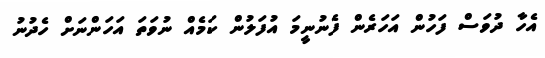
އެހާ ދުވަސް ފަހުން އަހަރެން ފެނުނީމަ އުފަލުން ކަމެއް ނުވަތަ އަހަންނަށް ހެދުނު